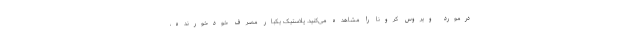
درمورد ویروس کرونا را مشاهده می‌کنید. پلاستیک یکبار مصرف خودخورنده،